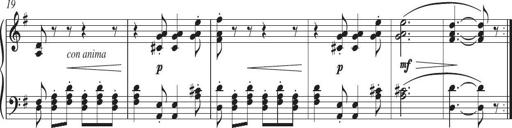
Title: Piano Sonatina in G major
Composer: Johan Peter Emilius Hartmann
Key: G major